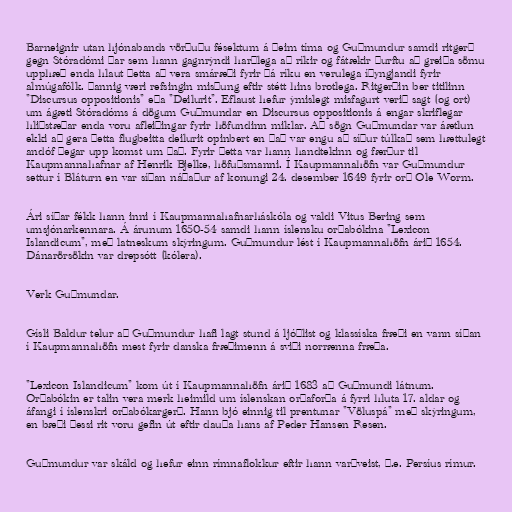
Barneignir utan hjónabands vörðuðu fésektum á þeim tíma og Guðmundur samdi ritgerð
gegn Stóradómi þar sem hann gagnrýndi harðlega að ríkir og fátækir þurftu að greiða sömu
upphæð enda hlaut þetta að vera smáræði fyrir þá ríku en verulega íþyngjandi fyrir
almúgafólk. Þannig væri refsingin misþung eftir stétt hins brotlega. Ritgerðin ber titilinn
"Discursus oppositionis" eða "Deilurit". Eflaust hefur ýmislegt misfagurt verið sagt (og ort)
um ágæti Stóradóms á dögum Guðmundar en Discursus oppositionis á engar skriflegar
hliðstæðar enda voru afleiðingar fyrir höfundinn miklar. Að sögn Guðmundar var áætlun
ekki að gera þetta flugbeitta deilurit opinbert en það var engu að síður túlkað sem hættulegt
andóf þegar upp komst um það. Fyrir þetta var hann handtekinn og færður til
Kaupmannahafnar af Henrik Bjelke, höfuðsmanni. Í Kaupmannahöfn var Guðmundur
settur í Bláturn en var síðan náðaður af konungi 24. desember 1649 fyrir orð Ole Worm.

Ári síðar fékk hann inni í Kaupmannahafnarháskóla og valdi Vitus Bering sem
umsjónarkennara. Á árunum 1650-54 samdi hann íslensku orðabókina "Lexicon
Islandicum", með latneskum skýringum. Guðmundur lést í Kaupmannahöfn árið 1654.
Dánarörsökin var drepsótt (kólera).

Verk Guðmundar.

Gísli Baldur telur að Guðmundur hafi lagt stund á ljóðlist og klassíska fræði en vann síðan
í Kaupmannahöfn mest fyrir danska fræðimenn á sviði norrænna fræða.

"Lexicon Islandicum" kom út í Kaupmannahöfn árið 1683 að Guðmundi látnum.
Orðabókin er talin vera merk heimild um íslenskan orðaforða á fyrri hluta 17. aldar og
áfangi í íslenskri orðabókargerð. Hann bjó einnig til prentunar "Völuspá" með skýringum,
en bæði þessi rit voru gefin út eftir dauða hans af Peder Hansen Resen.

Guðmundur var skáld og hefur einn rímnaflokkur eftir hann varðveist, þ.e. Persíus rímur.